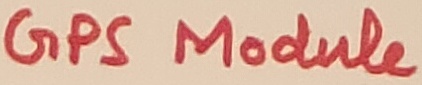
Text: GPS Module